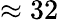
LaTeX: \approx 32